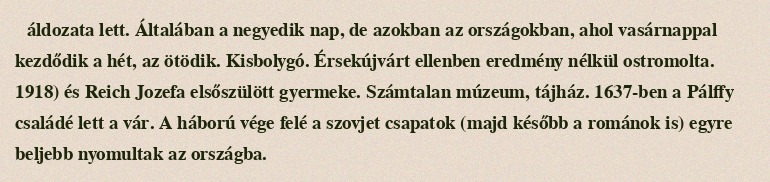
áldozata lett. Általában a negyedik nap, de azokban az országokban, ahol vasárnappal kezdődik a hét, az ötödik. Kisbolygó. Érsekújvárt ellenben eredmény nélkül ostromolta. 1918) és Reich Jozefa elsőszülött gyermeke. Számtalan múzeum, tájház. 1637-ben a Pálffy családé lett a vár. A háború vége felé a szovjet csapatok (majd később a románok is) egyre beljebb nyomultak az országba.